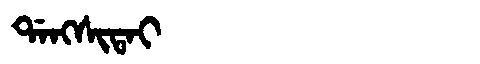
Manchu: ᡩᠠᠩᠰᡳᡨᠠᡳ
Romanization: DANGSITAI